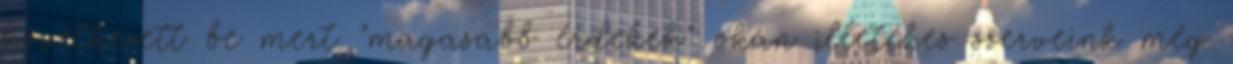
következett be mert "magasabb érdekek" okán illetékes szerveink még